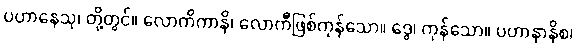
ပဟာနေသု၊ တို့တွင်။ လောကိကာနိ၊ လောကီဖြစ်ကုန်သော။ ဒွေ၊ ကုန်သော။ ပဟာနာနိစ၊